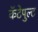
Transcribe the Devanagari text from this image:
कॅटेपुल्ट